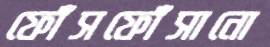
ফোঁসফোঁসানো